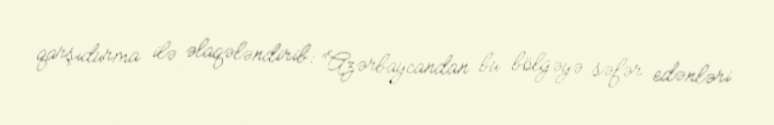
qarşıdurma ilə əlaqələndirib: “Azərbaycandan bu bölgəyə səfər edənləri